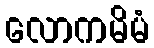
လောကမိမံ